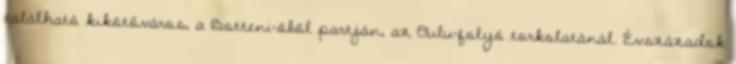
található kikötőváros, a Botteni-öböl partján, az Oulu-folyó torkolatánál. Évszázadok